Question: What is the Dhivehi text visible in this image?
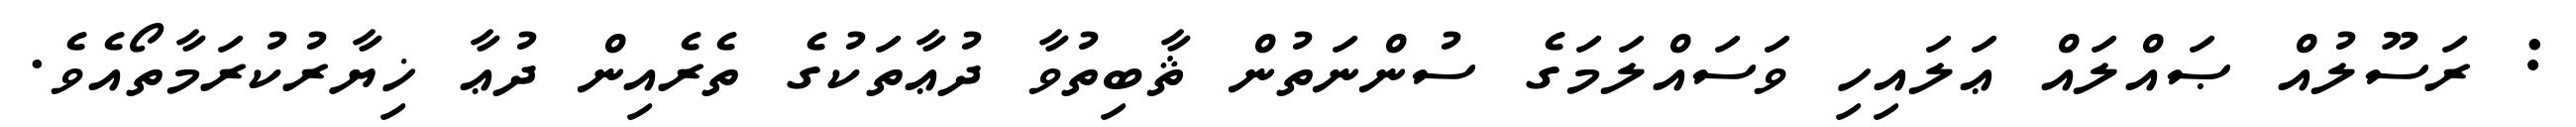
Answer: : ރަސޫލުއް ޞައްލައް ޢަލައިހި ވަސައްލަމަގެ ސުންނަތުން ޘާބިތުވާ ދުޢާތަކުގެ ތެރެއިން ދުޢާ ޚިޔާރުކުރަމާތޯއެވެ.